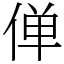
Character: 𫢸